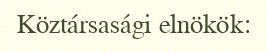
Köztársasági elnökök: